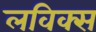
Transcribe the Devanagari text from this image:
लविक्स